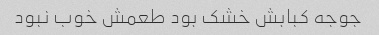
جوجه کبابش خشک بود طعمش خوب نبود